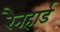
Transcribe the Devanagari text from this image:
रैनहार्ड